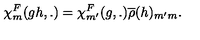
{ \chi } _ { m } ^ { F } ( g h , . ) = { \chi } _ { m ^ { \prime } } ^ { F } ( g , . ) \overline { { \rho } } ( h ) _ { m ^ { \prime } m } .